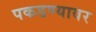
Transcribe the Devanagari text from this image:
पकडण्यावर